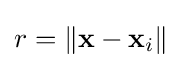
{\textstyle r=\left\|\mathbf {x} -\mathbf {x} _{i}\right\|}